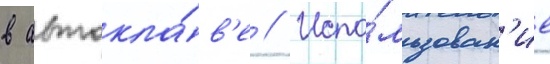
в автокла́в'е // Испо́льзован'ие